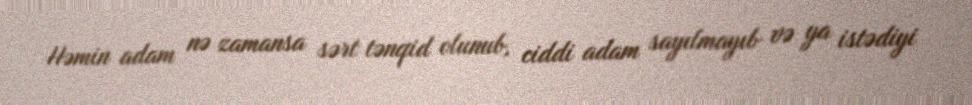
Həmin adam nə zamansa sərt tənqid olunub, ciddi adam sayılmayıb və ya istədiyi